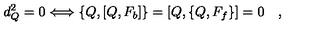
d _ { Q } ^ { 2 } = 0 \Longleftrightarrow \{ Q , [ Q , F _ { b } ] \} = [ Q , \{ Q , F _ { f } \} ] = 0 \quad ,